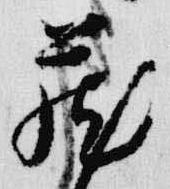
蔵